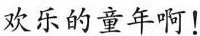
欢乐的童年啊！